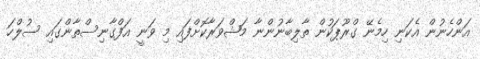
އަންހެނުން އެކަނި ހިމެނޭ ގްރޫޕަކުން ތާލިބާނުންނާ މަޝްވަރާކޮށްފައި މި ވަނީ އަފްގާނިސްތާންގައި ސުލްހަ